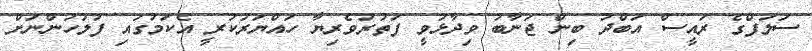
ސަލަފްގެ ރައީސް އަބްދު ބިން ޖަނާބު ވިދާޅުވީ ފަތުރުވެރިޔާ ހައްޔަރުކުރީ އެކަމުގައި ފުލުހުންނަށް